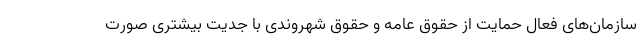
سازمان‌های فعال حمایت از حقوق عامه و حقوق شهروندی با جدیت بیشتری صورت